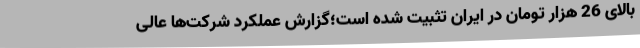
بالای 26 هزار تومان در ایران تثبیت شده است؛گزارش عملکرد شرکت‌ها عالی